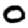
Digit: 0